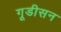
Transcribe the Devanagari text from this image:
गूडीसन